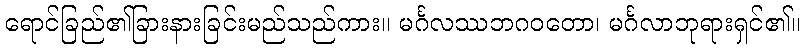
ရောင်ခြည်၏ခြားနားခြင်းမည်သည်ကား။ မင်္ဂလဿဘဂဝတော၊ မင်္ဂလာဘုရားရှင်၏။